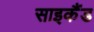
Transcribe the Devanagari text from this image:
साइकैंड